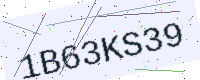
Text: 1B63KS39